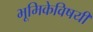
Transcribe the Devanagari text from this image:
भूमिकेविषयी